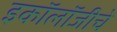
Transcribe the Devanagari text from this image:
इकॉलॉजीचे